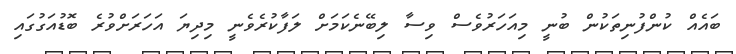
ބައެއް ކުންފުނިތަކުން ބުނީ މިއަހަރުވެސް ވިސާ ލިބޭނެކަމަށް ލަފާކުރެވެނީ މިދިިޔަ އަހަރަށްވުރެ ބޮޑުއަގުގައި